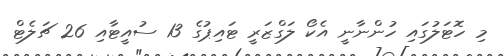
މި ހޮޓަލުގައި ހުންނާނީ އެކޯ ލަގްޒަރީ ޓައިޕުގެ 13 ސުއީޓާއި 26 ޗަލެޓް